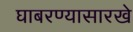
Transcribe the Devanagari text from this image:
घाबरण्यासारखे